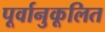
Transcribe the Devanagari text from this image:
पूर्वानुकूलित